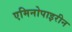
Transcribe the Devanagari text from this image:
एमिनोपाइरीन